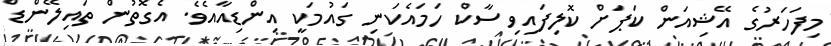
މިފަހަރުގެ އޭޝިއަން ކަޕަށް ކޮލިފައިވި ސާކް ހަމައެކަނި ގައުމަކީ އިންޑިއާއެވެ. އެގޮތުން ތައިލޭންޑް